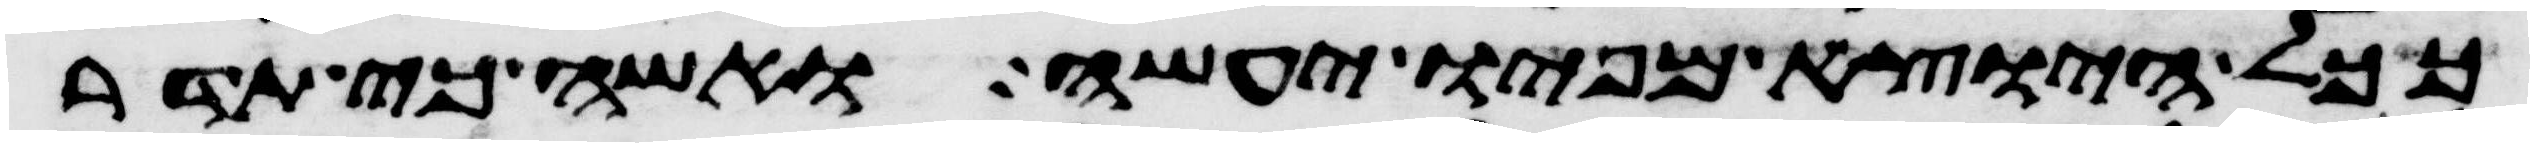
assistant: ככל היוצא מפיו יעשה ואשה כי תדר